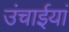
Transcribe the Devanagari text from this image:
उंचाईयां